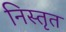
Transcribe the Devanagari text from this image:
निस्तृत